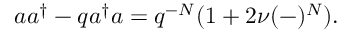
a a ^ { \dagger } - q a ^ { \dagger } a = q ^ { - N } ( 1 + 2 \nu ( - ) ^ { N } ) .